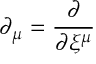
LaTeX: \partial _ { \mu } = \frac { \partial } { \partial \xi ^ { \mu } }